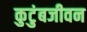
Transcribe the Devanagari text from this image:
कुटुंबजीवन